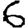
Digit: 6